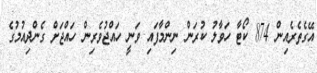
އޭގެތެރެއިން 874 ކޯޓާ ހަވާލު ކުރަން ނިންމާފައި ވަނީ ހައްޖުވެރިން ހައްޖަށް ގެންދިއުމުގެ